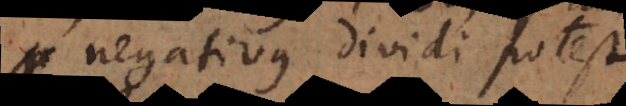
negativus dividi potest